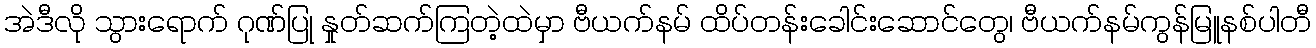
အဲဒီလို သွားရောက် ဂုဏ်ပြု နှုတ်ဆက်ကြတဲ့ထဲမှာ ဗီယက်နမ် ထိပ်တန်းခေါင်းဆောင်တွေ၊ ဗီယက်နမ်ကွန်မြူနစ်ပါတီ